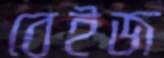
বেইজ